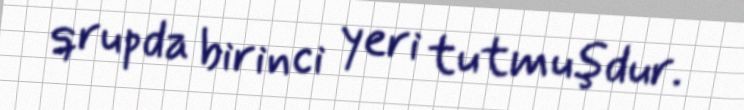
qrupda birinci yeri tutmuşdur.